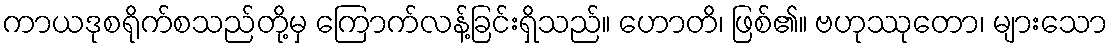
ကာယဒုစရိုက်စသည်တို့မှ ကြောက်လန့်ခြင်းရှိသည်။ ဟောတိ၊ ဖြစ်၏။ ဗဟုဿုတော၊ များသော